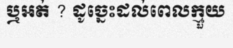
ឬអត់ ? ដូច្នេះដល់ពេលក្មួយ